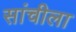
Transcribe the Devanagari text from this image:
सांचीला